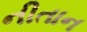
નીતાન